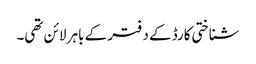
شناختی کارڈ کے دفتر کے باہر لائن تھی۔